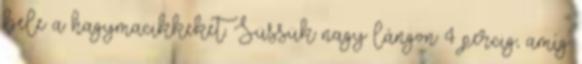
bele a hagymacikkeket. Süssük nagy lángon 4 percig, amíg